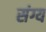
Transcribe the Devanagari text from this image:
संग्य